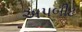
અપબીટ